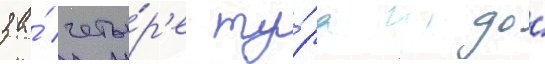
за́ четы́р'е ту́ра до́